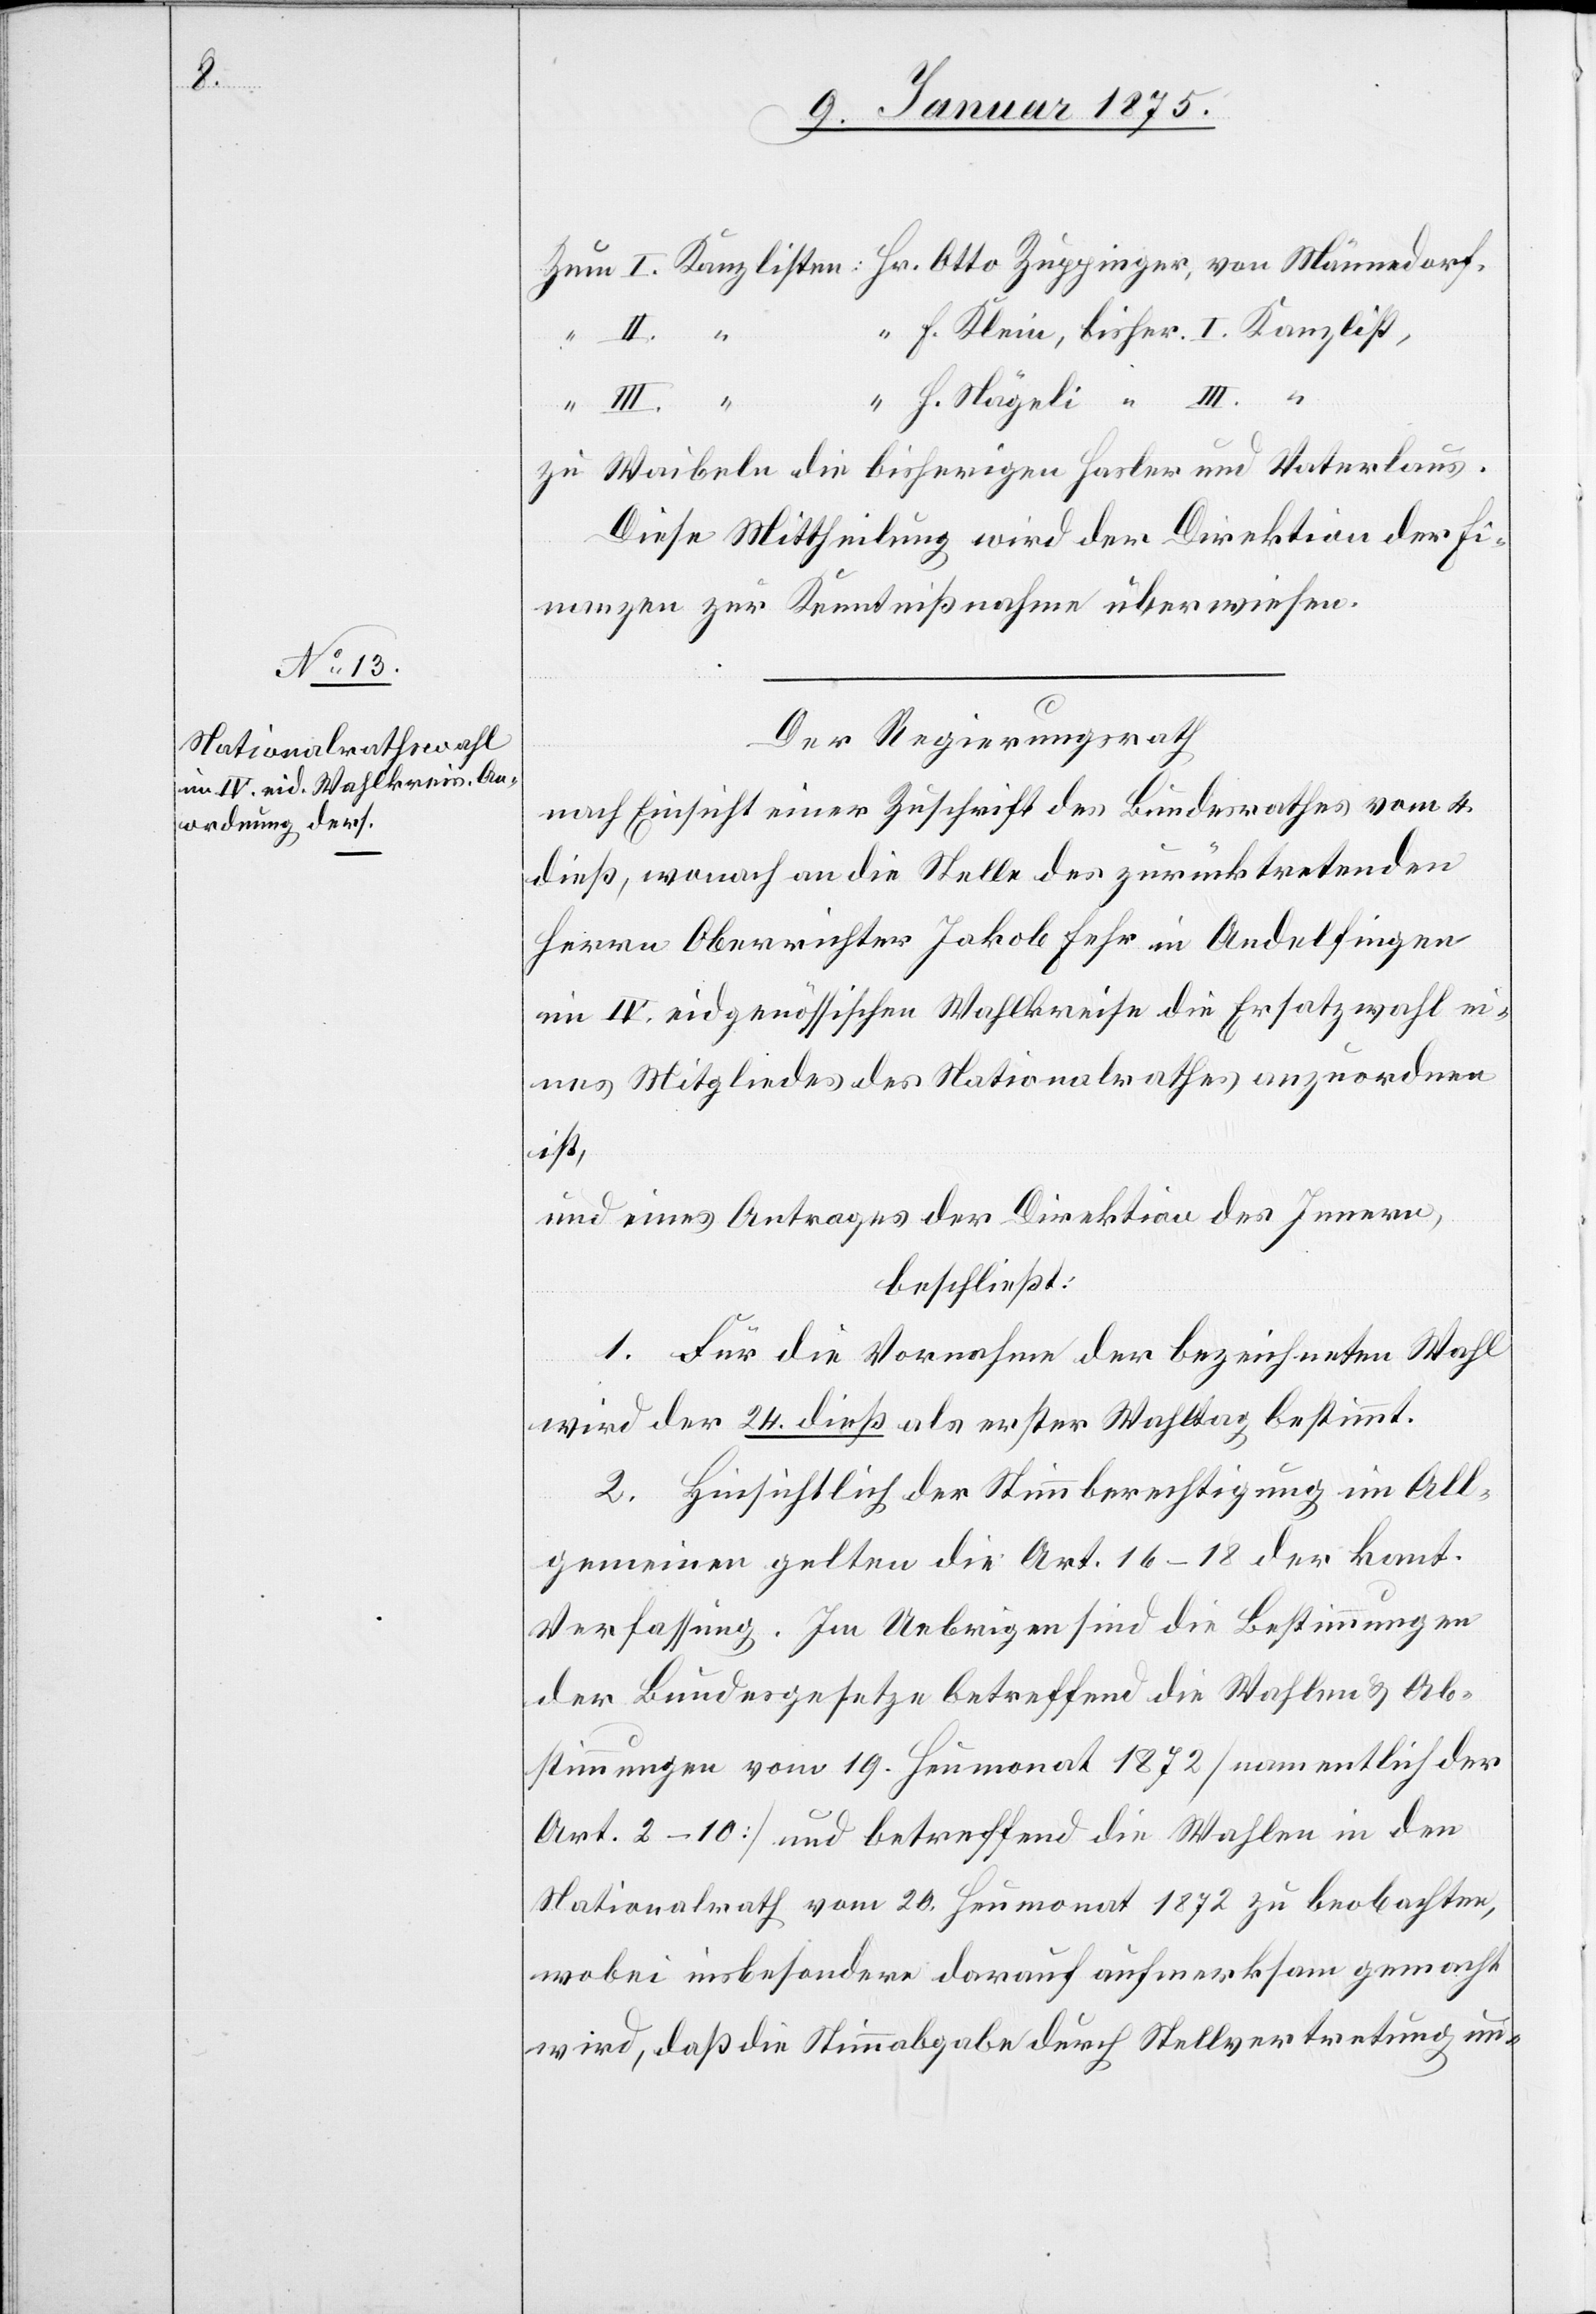
I.

H. Klein, bisher. I. Kanzlist,
H. Nägeli “ III. “
zu Waibeln die bisherigen Hasler und Vaterlaus.
Diese Mittheilung wird der Direktion der Fi¬
nanzen zur Kenntnißnahme überwiesen.
Der Regierungsrath
nach Einsicht einer Zuschrift des Bundesrathes vom 4.
dieß, wonach an die Stelle des zurücktretenden
Herrn Oberrichter Jakob Fehr in Andelfingen
im IV. eidgenössischen Wahlkreise die Ersatzwahl ei¬
nes Mitgliedes des Nationalrathes anzuordnen
ist,
und eines Antrages der Direktion des Innern,
beschließt:
1. Für die Vornahme der bezeichneten Wahl
wird der 24. dieß als erster Wahltag bestimmt.
2. Hinsichtlich der Stimmberechtigung im All¬
gemeinen gelten die Art. 16–18 der kant.
Verfassung. Im Uebrigen sind die Bestimmungen
der Bundesgesetze betreffend die Wahlen & Ab¬
stimmungen vom 19. Heumonat 1872 (namentlich der
Art. 2–10) und betreffend die Wahlen in den
Nationalrath vom 20. Heumonat 1872 zu beobachten,
wobei insbesondere darauf aufmerksam gemacht
wird, daß die Stimmabgabe durch Stellvertretung un-